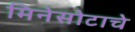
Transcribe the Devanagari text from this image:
मिनेसोटाचे